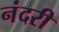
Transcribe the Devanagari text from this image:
नंदरी